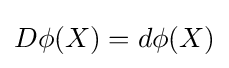
D\phi (X)=d\phi (X)